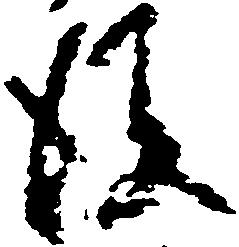
後